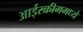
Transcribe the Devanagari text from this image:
आईस्क्रीममध्ये